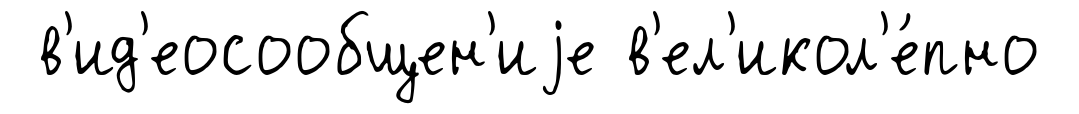
в'ид'еосообщен'иjе в'ел'икол'е́пно